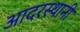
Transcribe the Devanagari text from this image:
आदरस्थानी